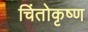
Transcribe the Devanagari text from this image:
चिंतोकृष्ण